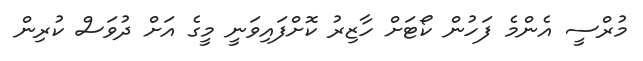
މުރްސީ އެންމެ ފަހުން ކޯޓަށް ހާޒިރު ކޮށްފައިވަނީ މީގެ އަށް ދުވަސް ކުރިން